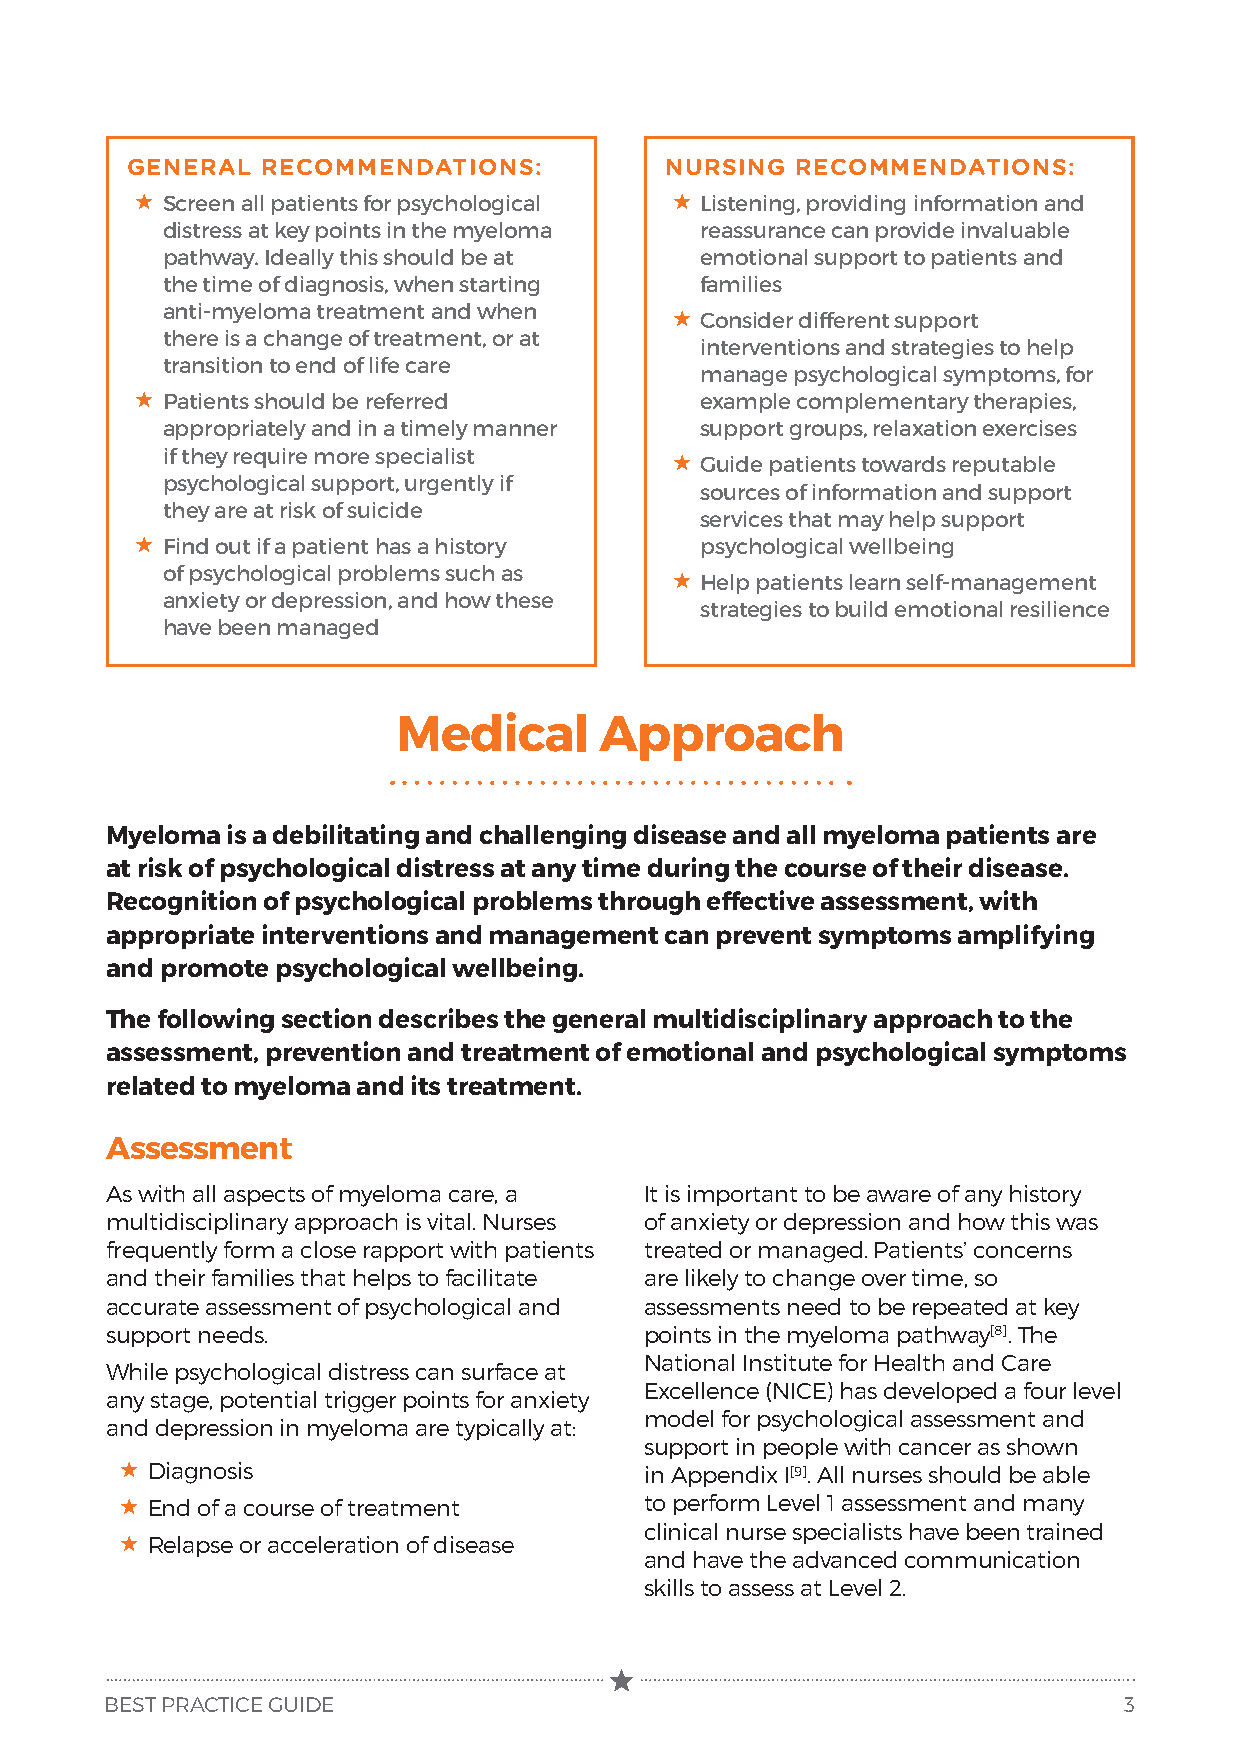
GENERAL  RECOMMENDATIONS:           NURSING  RECOMMENDATIONS:
  Screen all patients for psychological  Listening, providing information and
 distress at key points in the myeloma reassurance can provide invaluable
 pathway. Ideally this should be at emotional support to patients and
 the time of diagnosis, when starting families
 anti-myeloma treatment and when   Consider different support
 there is a change of treatment, or at
 interventions and strategies to help
 transition to end of life care
 manage psychological symptoms, for
  Patients should be referred        example complementary therapies,
 appropriately and in a timely manner support groups, relaxation exercises
 if they require more specialist   Guide patients towards reputable
 psychological support, urgently if
 sources of information and support
 they are at risk of suicide
 services that may help support
  Find out if a patient has a history psychological wellbeing
 of psychological problems such as  Help patients learn self-management
 anxiety or depression, and how these
 strategies to build emotional resilience
 have been managed
 Medical       Approach
 Myeloma is a debilitating and challenging disease and all myeloma patients are
 at risk of psychological distress at any time during the course of their disease.
 Recognition of psychological problems through effective assessment, with
 appropriate interventions and management can prevent symptoms amplifying
 and promote psychological wellbeing.
 The following section describes the general multidisciplinary approach to the
 assessment, prevention and treatment of emotional and psychological symptoms
 related to myeloma and its treatment.
 Assessment
 As with all aspects of myeloma care, a It is important to be aware of any history
 multidisciplinary approach is vital. Nurses of anxiety or depression and how this was
 frequently form a close rapport with patients treated or managed. Patients’ concerns
 and their families that helps to facilitate are likely to change over time, so
 accurate assessment of psychological and assessments need to be repeated at key
 support needs.                      points in the myeloma pathway[8]. The
 National Institute for Health and Care
 While psychological distress can surface at
 Excellence (NICE) has developed a four level
 any stage, potential trigger points for anxiety
 model for psychological assessment and
 and depression in myeloma are typically at:
 support in people with cancer as shown
  Diagnosis                        in Appendix I[9]. All nurses should be able
  End of a course of treatment     to perform Level 1 assessment and many
 clinical nurse specialists have been trained
  Relapse or acceleration of disease
 and have the advanced communication
 skills to assess at Level 2.
 BEST PRACTICE GUIDE                                                3